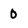
Character: 0